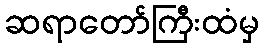
ဆရာတော်ကြီးထံမှ